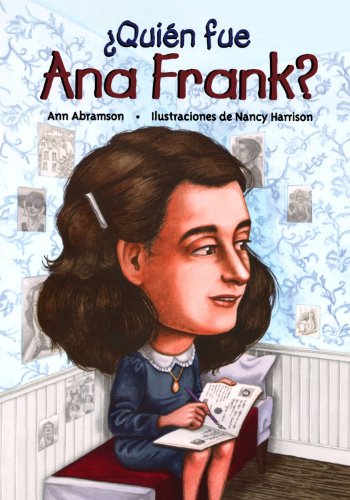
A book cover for Quien fue Ana Frank? / Who Was Anne Frank? (Spanish Edition); Ann Abramson; Children's Books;